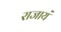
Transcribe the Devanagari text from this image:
राजायं